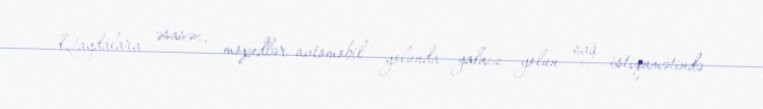
Qaydalara əsasən, mopedlər avtomobil yolunda yalnız yolun sağ istiqamətində